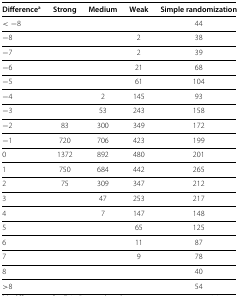
<table><thead><tr><td><b>Difference<sup>a</sup></b></td><td><b>Strong</b></td><td><b>Medium</b></td><td><b>Weak</b></td><td><b>Simple randomization</b></td></tr></thead><tbody><tr><td>&lt;−8</td><td> </td><td> </td><td> </td><td>44</td></tr><tr><td>−8</td><td> </td><td> </td><td>2</td><td>38</td></tr><tr><td>−7</td><td> </td><td> </td><td>2</td><td>39</td></tr><tr><td>−6</td><td> </td><td> </td><td>21</td><td>68</td></tr><tr><td>−5</td><td> </td><td> </td><td>61</td><td>104</td></tr><tr><td>−4</td><td> </td><td>2</td><td>145</td><td>93</td></tr><tr><td>−3</td><td> </td><td>53</td><td>243</td><td>158</td></tr><tr><td>−2</td><td>83</td><td>300</td><td>349</td><td>172</td></tr><tr><td>−1</td><td>720</td><td>706</td><td>423</td><td>199</td></tr><tr><td>0</td><td>1372</td><td>892</td><td>480</td><td>201</td></tr><tr><td>1</td><td>750</td><td>684</td><td>442</td><td>265</td></tr><tr><td>2</td><td>75</td><td>309</td><td>347</td><td>212</td></tr><tr><td>3</td><td> </td><td>47</td><td>253</td><td>217</td></tr><tr><td>4</td><td> </td><td>7</td><td>147</td><td>148</td></tr><tr><td>5</td><td> </td><td> </td><td>65</td><td>125</td></tr><tr><td>6</td><td> </td><td> </td><td>11</td><td>87</td></tr><tr><td>7</td><td> </td><td> </td><td>9</td><td>78</td></tr><tr><td>8</td><td> </td><td> </td><td> </td><td>40</td></tr><tr><td>&gt;8</td><td> </td><td> </td><td> </td><td>54</td></tr></tbody></table>